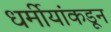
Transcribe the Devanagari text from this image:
धर्मीयांकडून